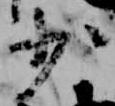
少